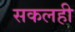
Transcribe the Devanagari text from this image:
सकलही